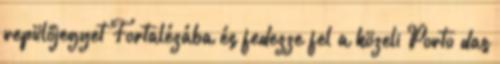
repülőjegyet Fortalézába és fedezze fel a közeli Porto das